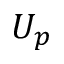
U _ { p }